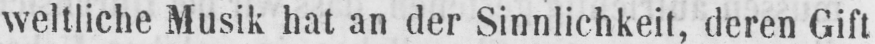
weltliche Musik hat an der Sinnlichkeit, deren Gift